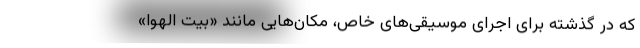
که در گذشته برای اجرای موسیقی‌های خاص، مکان‌هایی مانند «بیت ‌الهوا»